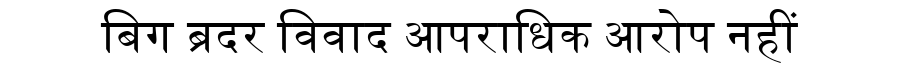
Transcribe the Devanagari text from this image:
बिग ब्रदर विवाद आपराधिक आरोप नहीं